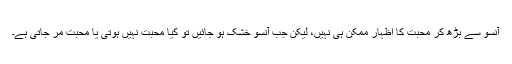
آنسو سے بڑھ کر محبت کا اظہار ممکن ہی نہیں، لیکن جب آنسو خشک ہو جائیں تو کیا محبت نہیں ہوتی یا محبت مر جاتی ہے۔